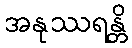
အနုဿရန္တိ